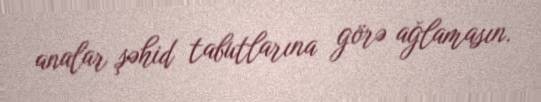
analar şəhid tabutlarına görə ağlamasın.